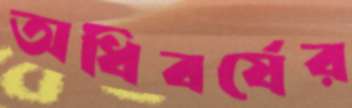
অধিবর্ষের